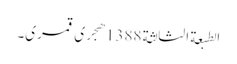
الطبعة الثالثة 1388هجری قمری۔